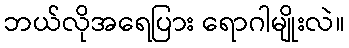
ဘယ်လိုအရေပြား ရောဂါမျိုးလဲ။